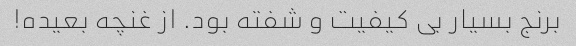
برنج بسیار بی کیفیت و شفته بود. از غنچه بعیده!